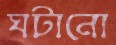
ঘটানো